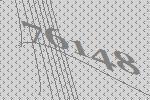
76148